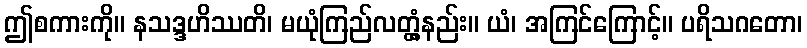
ဤစကားကို။ နသဒ္ဒဟိဿတိ၊ မယုံကြည်လတ္တံ့နည်း။ ယံ၊ အကြင်ကြောင့်။ ပရိသဂတော၊